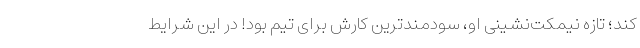
کند؛ تازه نیمکت‌نشینی او، سودمندترین کارش برای تیم بود! در این شرایط